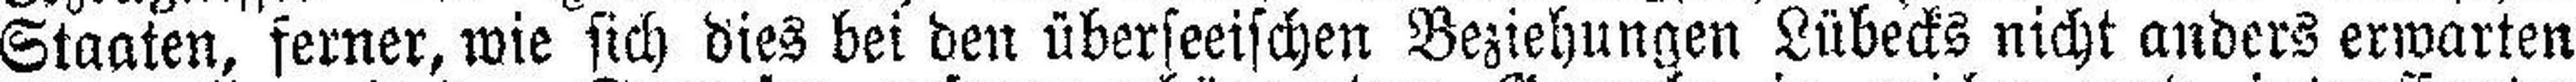
Staaten, ferner, wie sich dies bei den überseeischen Beziehungen Lübecks nicht anders erwarten